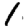
Digit: 1